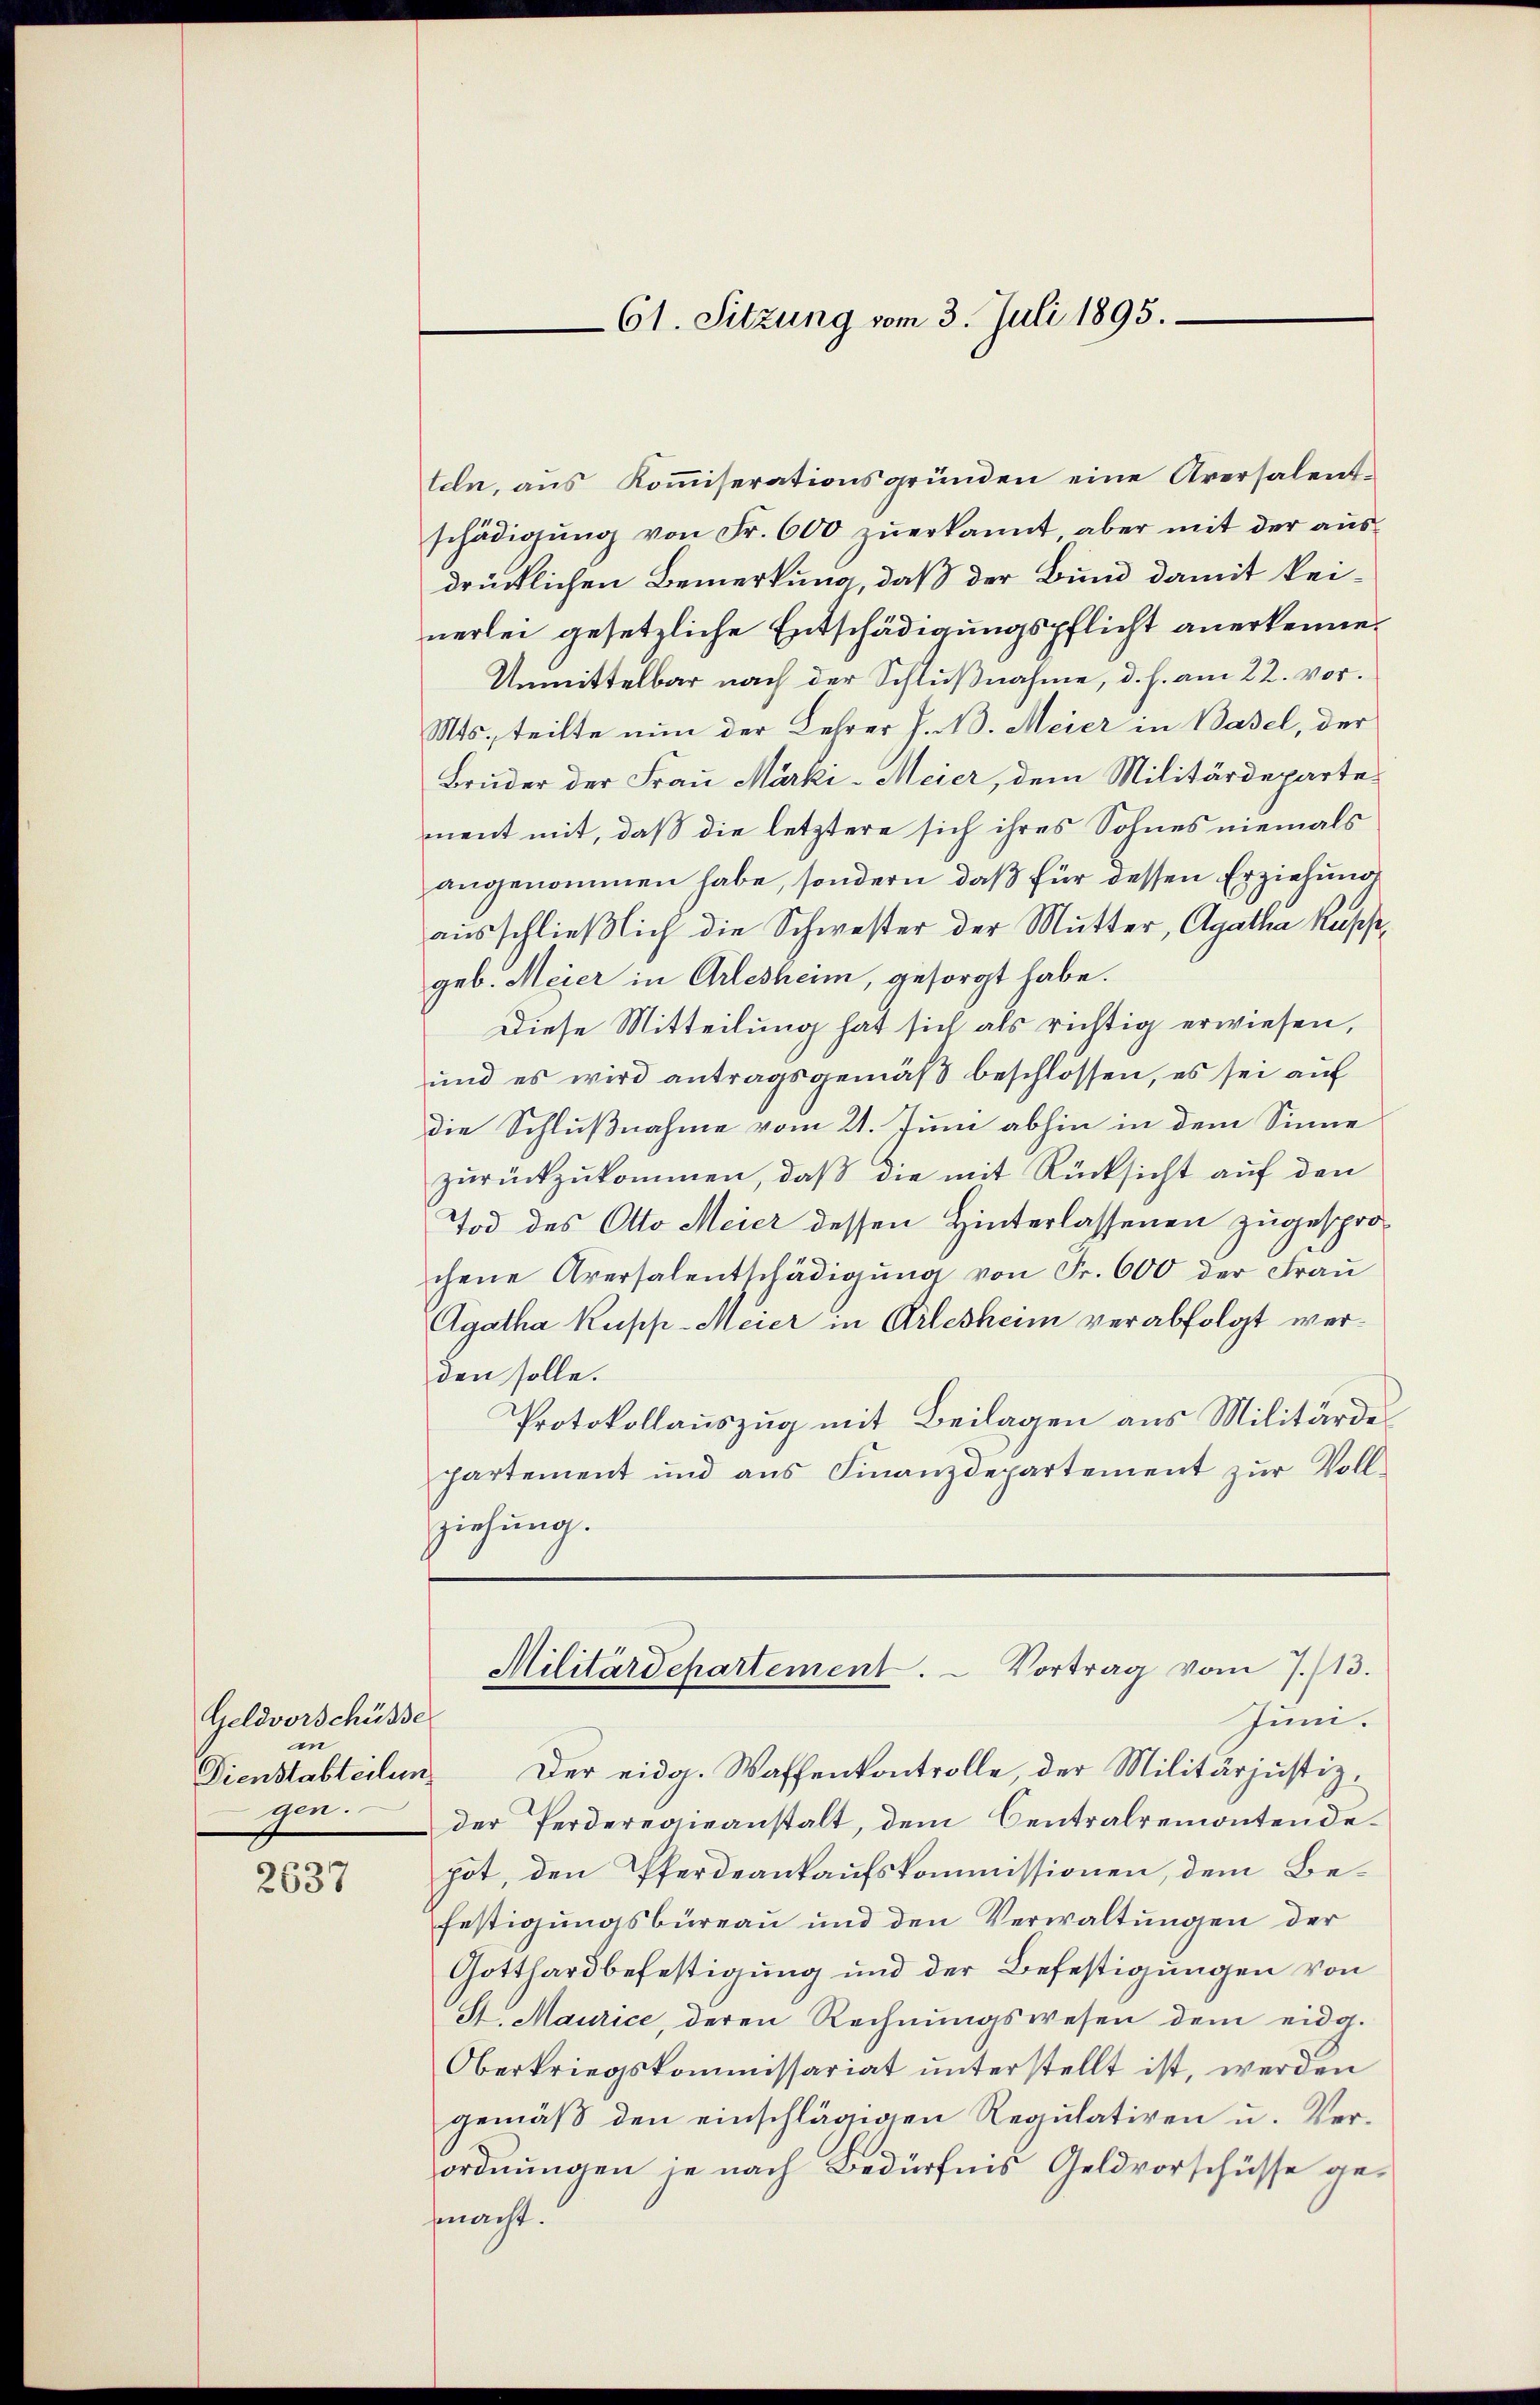
Geldvorschüsse
in
Dienstabteilungen.

2637

teln, aus Koṁiserationsgründen eine Aversalent-
schädigŭng von Fr. 600 zŭerkannt, aber mit der aŭs-
drücklichen Bemerkung, daß der Bund damit keinerlei gesetzliche Entschädigungspflicht anerkenne.
Unmittelbar nach der Schlußnahme, d. h. am 22. vor.
Mts., teilte nun der Lehrer J. N. Meier in Basel, der
Bruder der Frau Marki-Meier, dem Militärdepartement mit, daß die letztere sich ihres Sohnes niemals
angenommen habe, sondern, daß für dessen Erziehung
ausschließlich die Schwester der Mutter, Agatha Rossegeb. Meier in Arlesheim, gesorgt habe.
Diese Mitteilung hat sich als richtig erwiesen,
und es wird antragsgemäß beschlossen, es sei auf
die Schlußnahme vom 21. Juni abhin in dem Sinne
zŭrückzŭkommen, daß die mit Rücksicht auf den
Tod des Otto Meier dessen Hinterlassenen zugesprochene Aversalentschädigŭng von Fr. 600 der Fraŭ
Agatha Kupp-Meier in Arlesheim verabfolgt werden solle.
Protokollauszug mit Beilagen aus Militärde
hartement und ans Finanzdepartement zŭr Voll-
ziehung.
Militärdepartement. - Vortrag vom 7./13.
Juni.
Der eidg. Waffenkontrolle, der Militärjustizder Perderegieanstalt, dem Centralremontendehot, den Pferdeankaufskommissionen, dem Befestigungsbüreau und den Verwaltungen der
Gotthardbefestigung und der Befestigungen von
St. Maurice, deren Rechnŭngswesen dem eidg.
Oberkriegskommissariat unterstellt ist, werden
gemäß den einschlägigen Regulativen u. Verordnungen je nach Bedürfnis Geldvorschüsse gemacht.

61. Sitzung vom 3. Juli 1895.